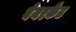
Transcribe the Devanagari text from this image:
बेयरकैट